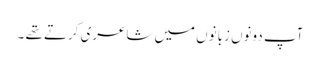
آپ دونوں زبانوں میں شاعری کرتے تھے ۔